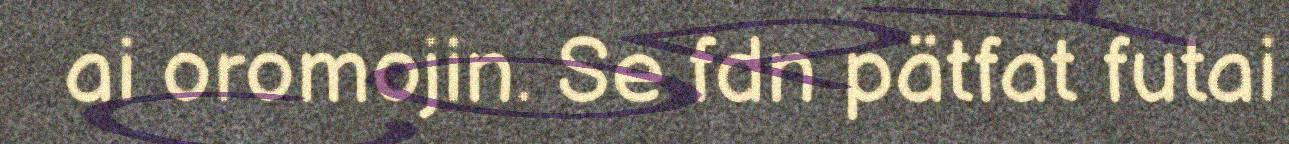
ai oromojin. Se fdn pätfat futai